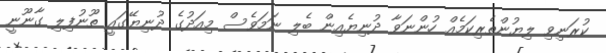
ކުރަނިވި ލިޔުންތެރިކަމެއް ހުންނަވާ ދުނިޔެއިން ބެލި ނަމަވެސް މިއަދުގެ ދުނިޔޭގައީ ތޫނުފިލި ގާނޫނީ